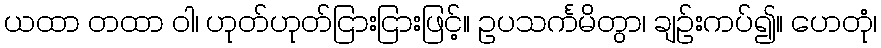
ယထာ တထာ ဝါ၊ ဟုတ်ဟုတ်ငြားငြားဖြင့်။ ဥပသင်္ကမိတွာ၊ ချဉ်းကပ်၍။ ဟေတုံ၊